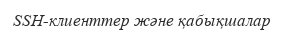
SSH-клиенттер және қабықшалар